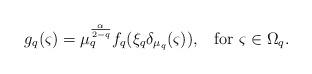
LaTeX: \begin{align*} g_q(\varsigma)=\mu_q^{\frac{\alpha}{2-q}} f_q(\xi_q\delta_{\mu_q}(\varsigma)), \, \ \, \, \mbox{for} \, \, \varsigma \in \Omega_q.\end{align*}